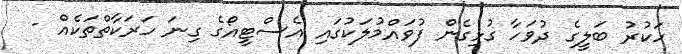
ހަކުރު ބަލީގެ ދުވަހާ ގުޅިގެން ފުވައްމުލަކުގައި އެސްޓީއޯގެ ގިނަ ހަރަކާތްތަކެއް -